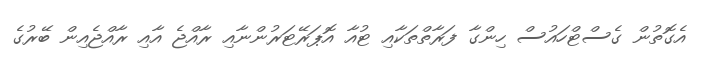
އެގޮތުން ގެސްޓްހައުސް ހިންގާ ފަރާތްތަކާއި ޓުއާ އޮޕަރޭޓަރުންނާއި ރާއްޖެ އާއި ރާއްޖެއިން ބޭރުގެ